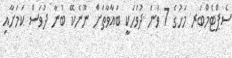
ސެޕްޓެމްބަރ މަހުގެ 7 ވަނަ ދުވަހަކީ ބަޣާވާތަށް ނޫނެކޭ ބުނާ ދުވަސް ކަމަށާއި